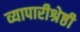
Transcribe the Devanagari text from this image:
व्यापारीश्रेष्ठी